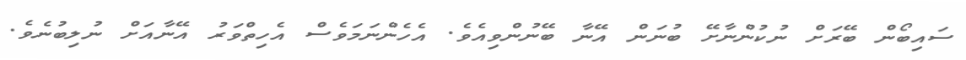
ސައިބޯން ބޭރަށް ނުކުންނާށޭ ބުނަން އޭނާ ބޭނުންވިއެވެ. އެހެންނަމަވެސް އެހިތްވަރު އޭނާއަށް ނުލިބުނެވެ.